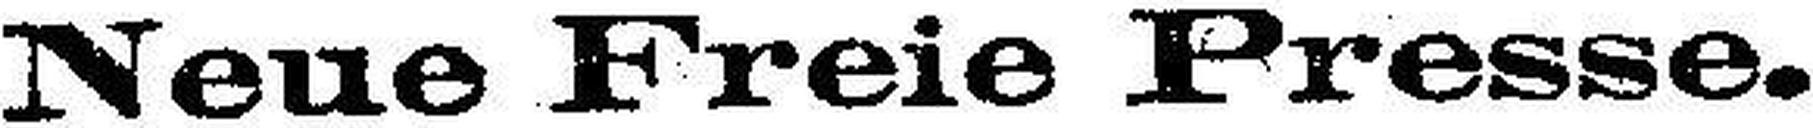
Neue Freie Presse.